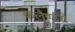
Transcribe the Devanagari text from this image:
कलैण्डरों